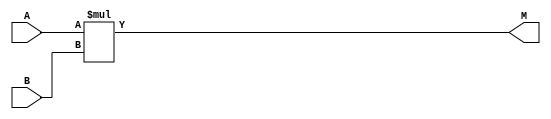
module Multiplicador_4x4 (
	input [3:0]	A,B,	//	Operandos 
	output[7:0] M		//	Producto
	);			   
	
	assign	M = A * B;
	
endmodule